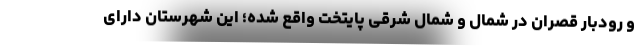
و رودبار قصران در شمال و شمال شرقی پایتخت واقع شده؛ این شهرستان دارای